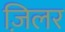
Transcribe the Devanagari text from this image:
ज़िलर